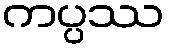
ကပ္ပဿ